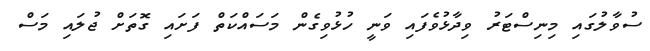
ސުވާލުގައި މިނިސްޓަރު ވިދާޅުވެފައި ވަނީ ހުޅުވިގެން މަސައްކަތް ފަށައި ގޮތަށް ޖުލައި މަސް